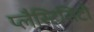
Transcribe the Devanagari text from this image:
प्लैस्टिसिटी